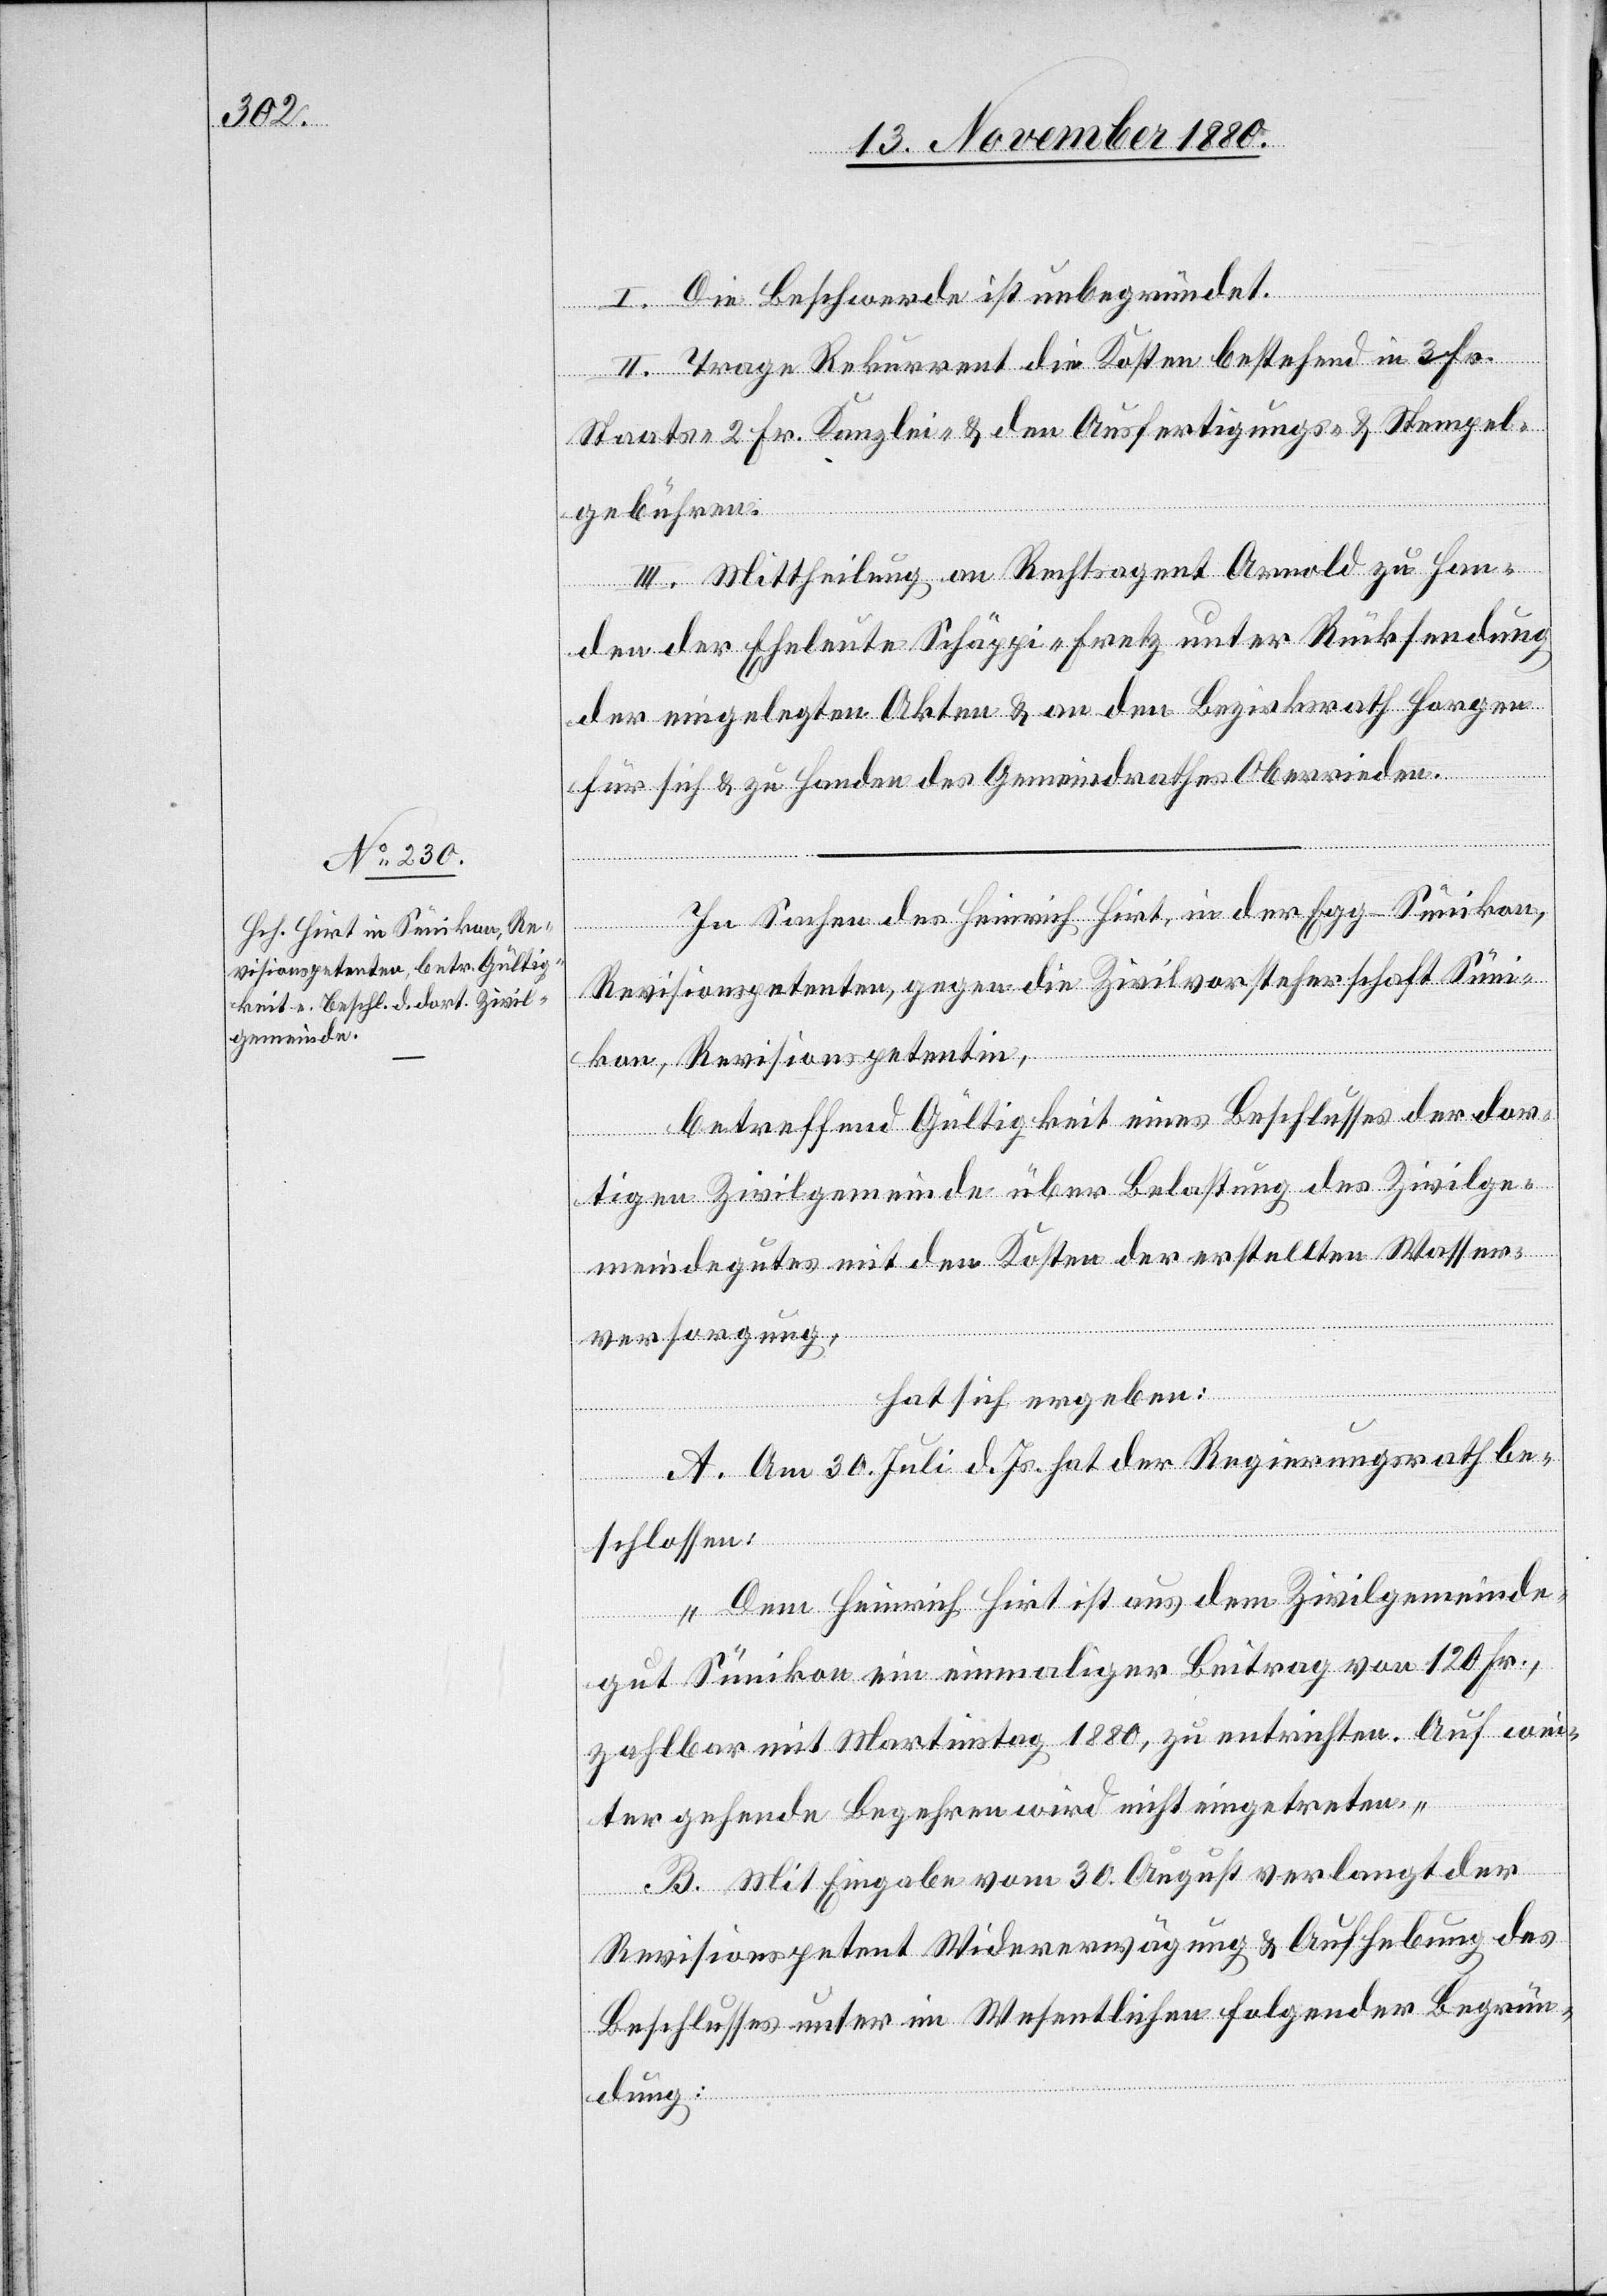
I. Die Beschwerde ist unbegründet.
II. Trage Rekurrent die Kosten bestehend in 3 Fr.
Staats- 2 Fr. Kanzlei- & den Ausfertigungs- & Stempel¬
gebühren.
III. Mittheilung an Rechtsagent Arnold zu Han¬
den der Eheleute Schäppi-Fretz unter Rücksendung
der eingelegten Akten & an den Bezirksrath Horgen
für sich & zu Handen des Gemeindrathes Oberrieden.
In Sachen des Heinrich Hirt, in der Egg - Sünikon,
Revisionspetenten, gegen die Zivilvorsteherschaft Süni¬
kon, Revisionspetentin,
betreffend Gültigkeit eines Beschlusses der dor¬
tigen Zivilgemeinde über Belastung des Zivilge¬
meindegutes mit den Kosten der erstellten Wasser¬
versorgung,
hat sich ergeben:
A. Am 30. Juli d. Js. hat der Regierungsrath be¬
schlossen:
„Dem Heinrich Hirt ist aus dem Zivilgemeinde¬
gut Sünikon ein einmaliger Beitrag von 120 Fr.,
zahlbar mit Martinstag 1880, zu entrichten. Auf wei¬
ter gehende Begehren wird nicht eingetreten.“
B. Mit Eingabe vom 30. August verlangt der
Revisionspetent Widererwägung & Aufhebung des
Beschlusses unter im Wesentlichen folgender Begrün¬
dung: